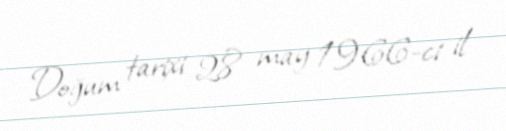
Doğum tarixi 28 may 1966-ci il